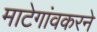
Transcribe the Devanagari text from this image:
माटेगांवकरने